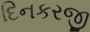
દિનકરજી